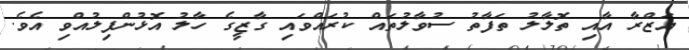
އަޒްރާ އާއި ތޮލާލު ތަފާތު ސުވާލުތައް ކުރައްވައި ގާޒީގެ ހާލު އޮޅުންފިލުއްވި އެވެ.